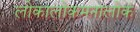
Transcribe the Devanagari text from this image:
लोकालोकमनालोकं